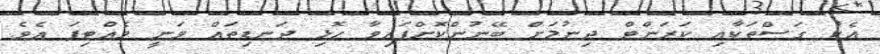
އެކު ގަސްތަކާއި ކަރަންޓް ދިނުމަށް ބޭނުންކޮށްފައިވާ ހޮޅި ދަނޑިތައް ވަނީ ވެއްޓިފަ އެވެ.